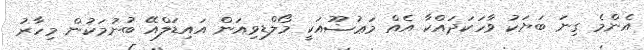
އެންމެ ގިނަ ބަޔަކު ވާހަކަދައްކާ އެއް މަޢުޟޫއަކީ މޯލްޑިވިއަން އައިޑަލްއޭ ބުނުމަކުން މިހާރު